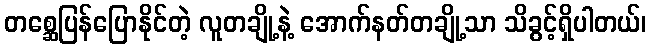
တစ္ဆေပြန်ပြောနိုင်တဲ့ လူတချို့နဲ့ အောက်နတ်တချို့သာ သိခွင့်ရှိပါတယ်၊